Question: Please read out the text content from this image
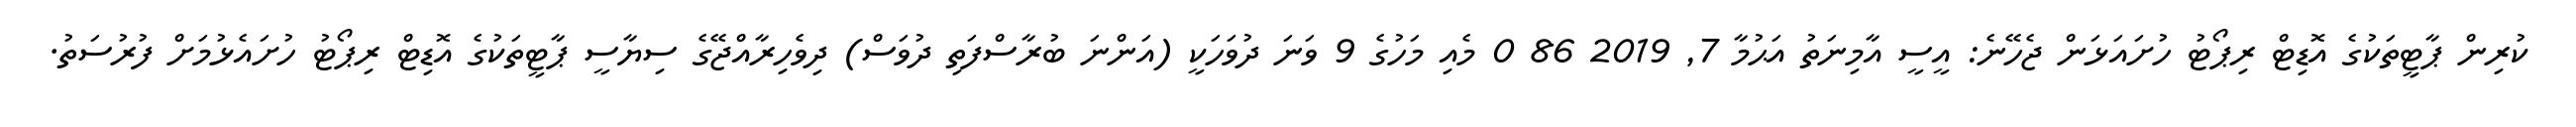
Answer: ކުރިން ޕާޓީތަކުގެ އޮޑިޓް ރިޕޯޓު ހުށައަޅަން ޖެހޭނެ: އީސީ އާމިނަތު އަޙުމާ 7, 2019 86 0 މެއި މަހުގެ 9 ވަނަ ދުވަހަކީ (އަންނަ ބުރާސްފަތި ދުވަސް) ދިވެހިރާއްޖޭގެ ސިޔާސީ ޕާޓީތަކުގެ އޮޑިޓް ރިޕޯޓު ހުށައެޅުމަށް ފުރުސަތު.